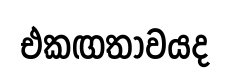
එකඟතාවයද